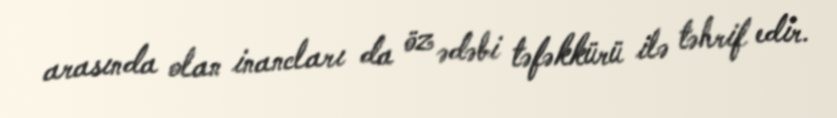
arasında olan inancları da öz ədəbi təfəkkürü ilə təhrif edir.